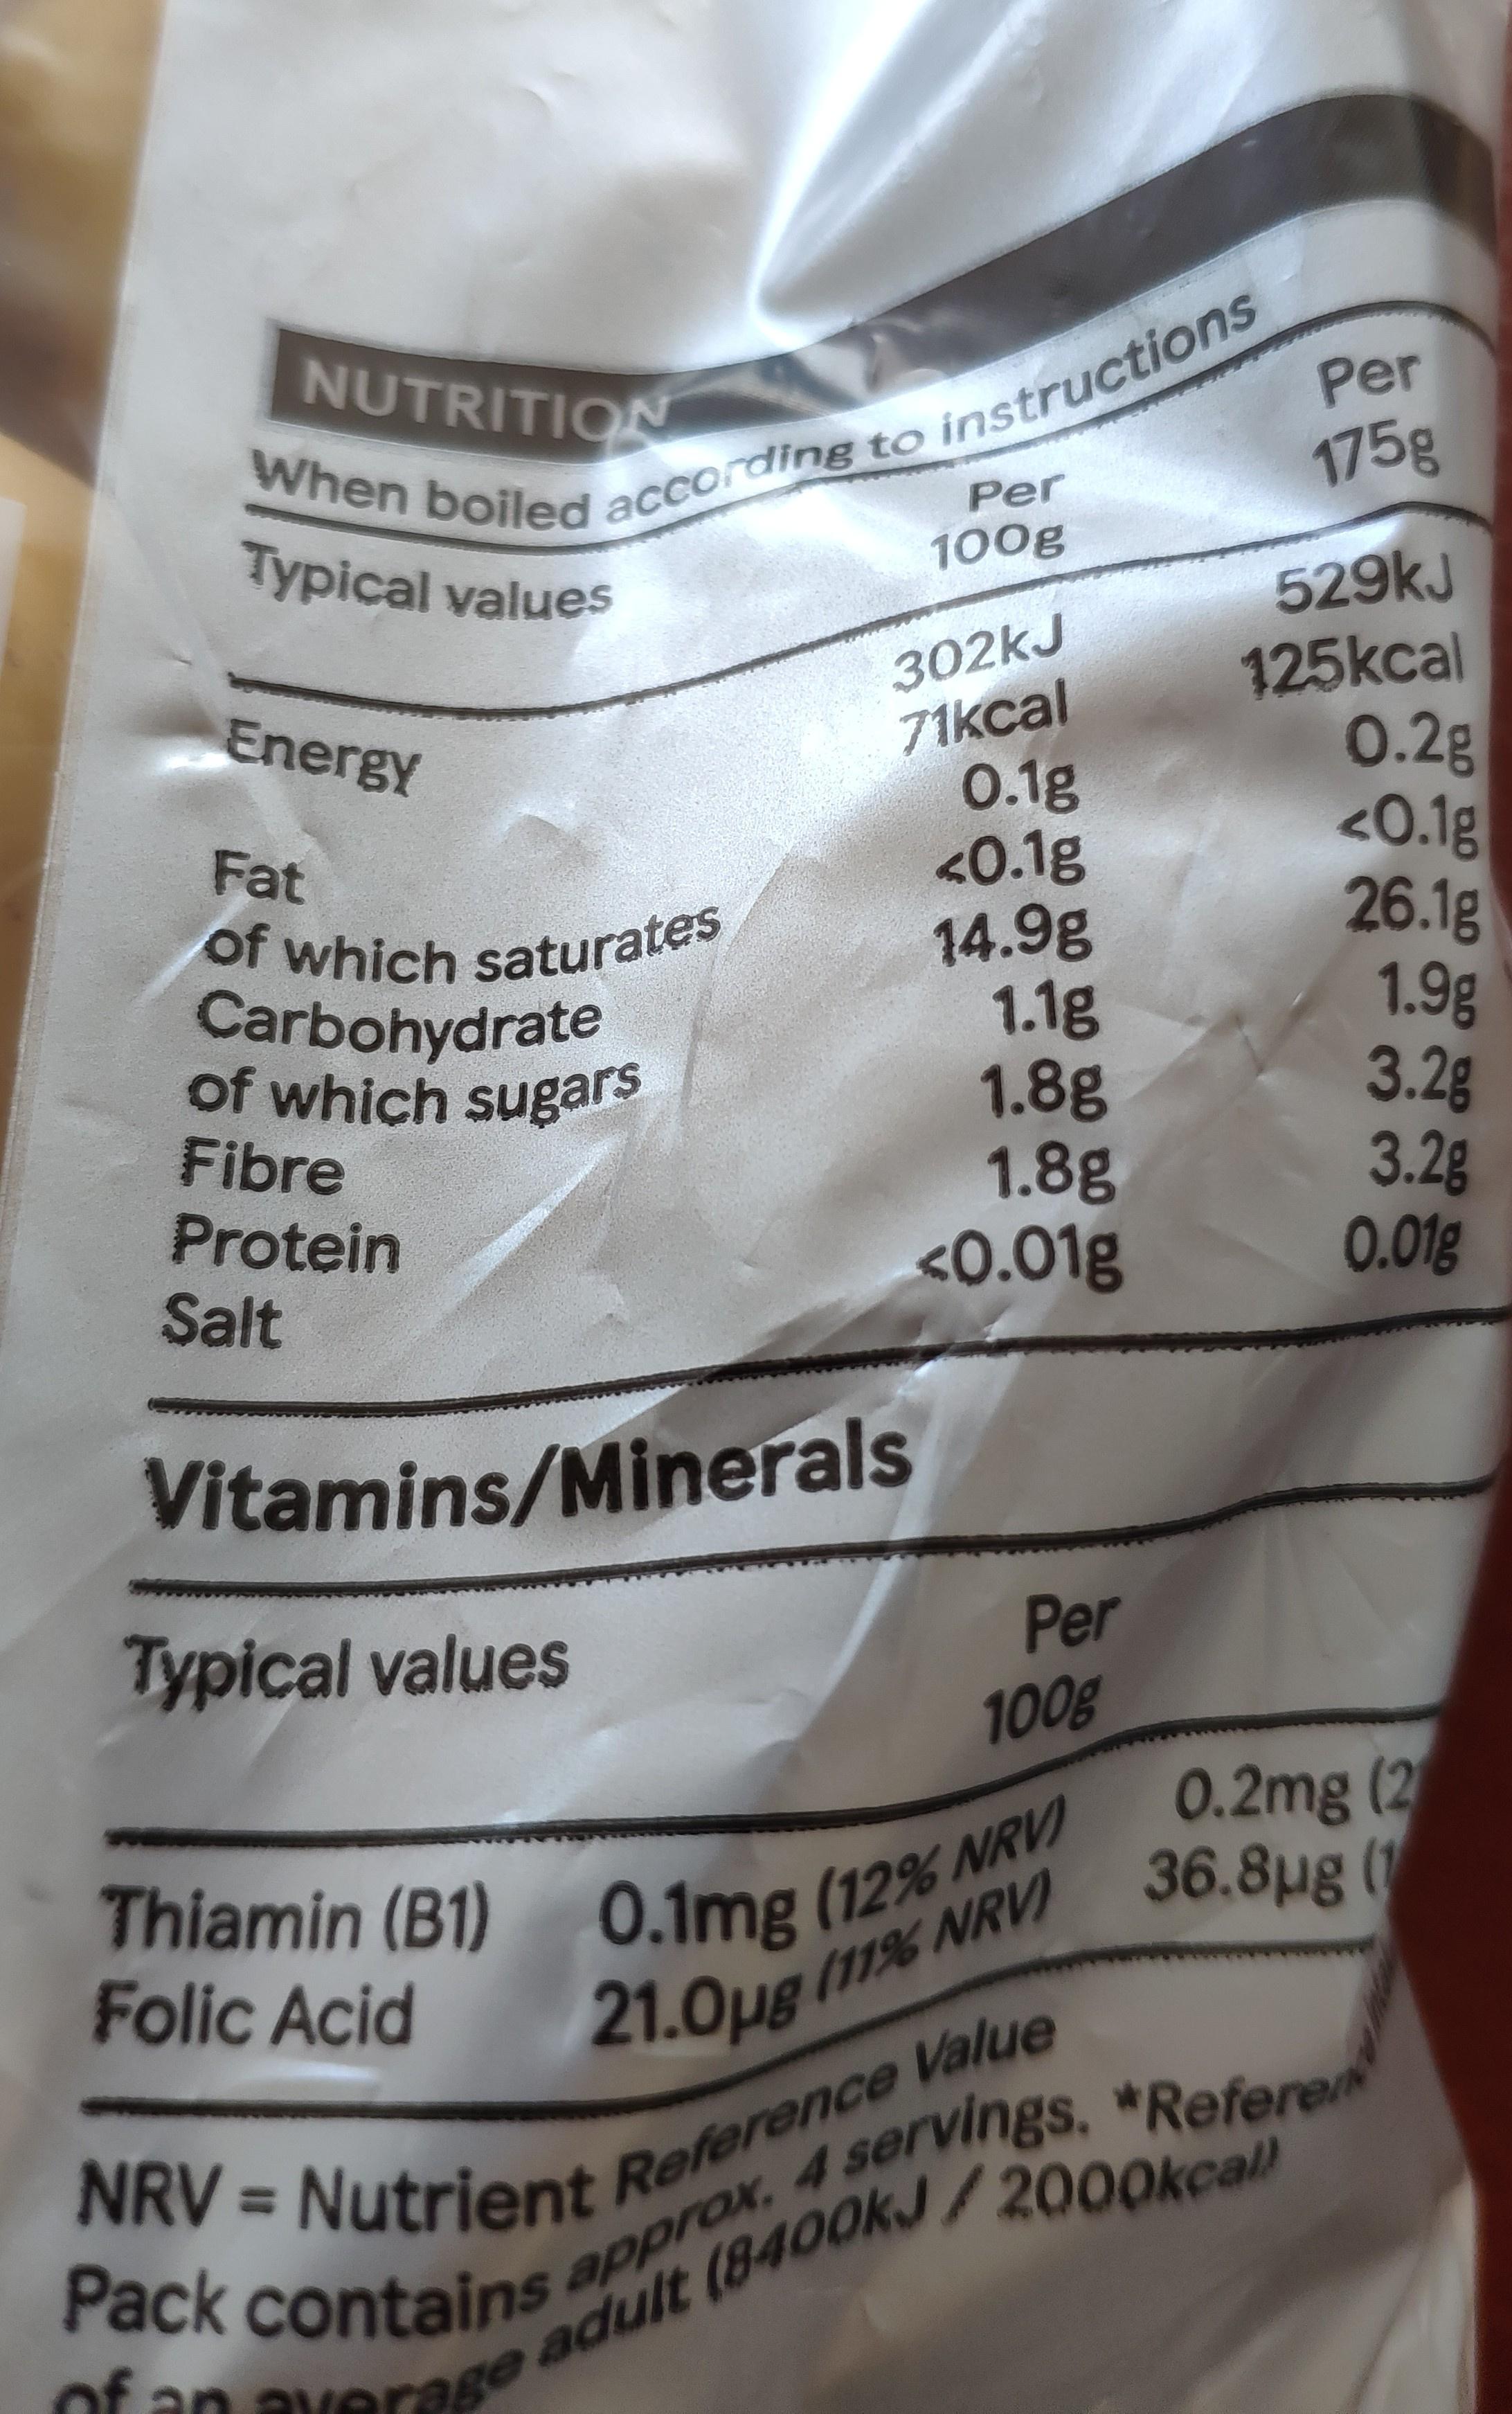
When boiled according to instructions 175g
NUTRITION
Per
Per
Typical values
100g
302kJ 71kcal 0.1g <0.1g 14.9g 1.1g 1.8g 1.8g <0.01g
529kJ 125kcal 0.2g <0.1g 26.1g 1.9g 3.2g 3.2g 0.01g
Energy
Fat
of which saturates Carbohydrate of which sugars Fibre Protein Salt
Vitamins/Minerals
Typical values
Per
100g
Thiamin (B1) 0.1mg (12% NRV) Folic Acid
0.2mg (2
(11% NRVI 36.8u ( 21.0p8
NRV = Nutrient Reference Value Pack contains approx, 4 servings, Refere of an average adult (8400KJ/2000kçal)
%3D